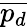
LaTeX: \overline{{p_{d}}}